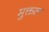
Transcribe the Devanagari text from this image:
मुक्तल